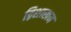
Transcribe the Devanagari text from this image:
द्विशाखन